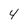
Character: 4